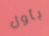
بأول